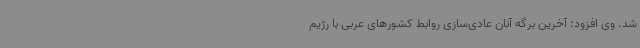
شد. وی افزود: آخرین برگه آنان عادی‌سازی روابط کشورهای عربی با رژیم